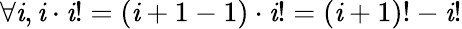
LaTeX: \forall\mathit{i},\mathit{i}\cdot\mathit{i}!=(\mathit{i}+1-1)\cdot\mathit{i}!=(\mathit{i}+1)!-\mathit{i}!